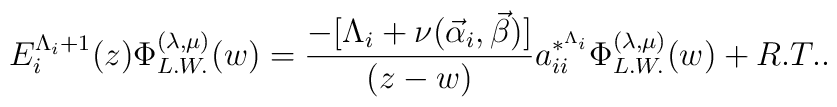
E_{i}^{\Lambda_{i} + 1}(z) \Phi_{L.W.}^{(\lambda,\mu)}(w)  =  \frac{ - [\Lambda_{i} + \nu(\vec\alpha_{i}, \vec\beta) ]}{(z -w)}a_{ii}^{*^{\Lambda_{i}}}\Phi_{L.W.}^{(\lambda,\mu)}(w)  +  R.T..